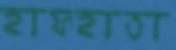
হাফহাতা